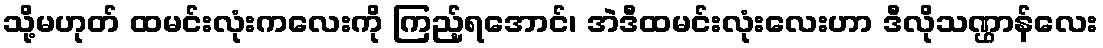
သို့မဟုတ် ထမင်းလုံးကလေးကို ကြည့်ရအောင်၊ အဲဒီထမင်းလုံးလေးဟာ ဒီလိုသဏ္ဌာန်လေး